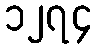
၁၂၇၄